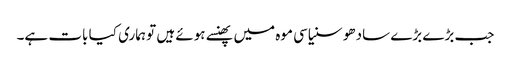
جب بڑے بڑے سادھو سنیاسی موہ میں پھنسے ہوئے ہیں تو ہماری کیا بات ہے۔